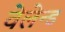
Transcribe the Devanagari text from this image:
वेलेन्ड